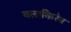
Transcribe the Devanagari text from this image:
बलाकिरेव